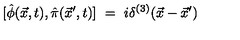
[ \hat { \phi } ( \vec { x } , t ) , \hat { \pi } ( \vec { x } ^ { \prime } , t ) ] \ = \ i \delta ^ { ( 3 ) } ( \vec { x } - \vec { x } ^ { \prime } )